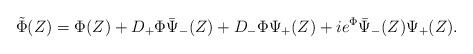
LaTeX: \begin{align*}\tilde\Phi(Z)=\Phi(Z)+D_+\Phi\bar\Psi_-(Z)+D_- \Phi\Psi_+(Z)+ie^{\Phi}\bar\Psi_-(Z)\Psi_+(Z).\end{align*}